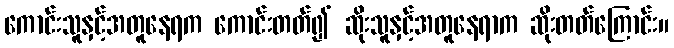
ကောင်းသူနှင့်အတူနေရက ကောင်းတတ်၍ ဆိုးသူနှင့်အတူနေရာက ဆိုးတတ်ကြောင်း။